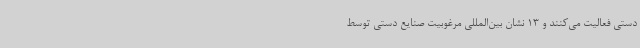
دستی فعالیت می‌کنند و 13 نشان بین‌المللی مرغوبیت صنایع ‌دستی توسط